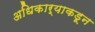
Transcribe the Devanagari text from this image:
अधिकार्याकडून